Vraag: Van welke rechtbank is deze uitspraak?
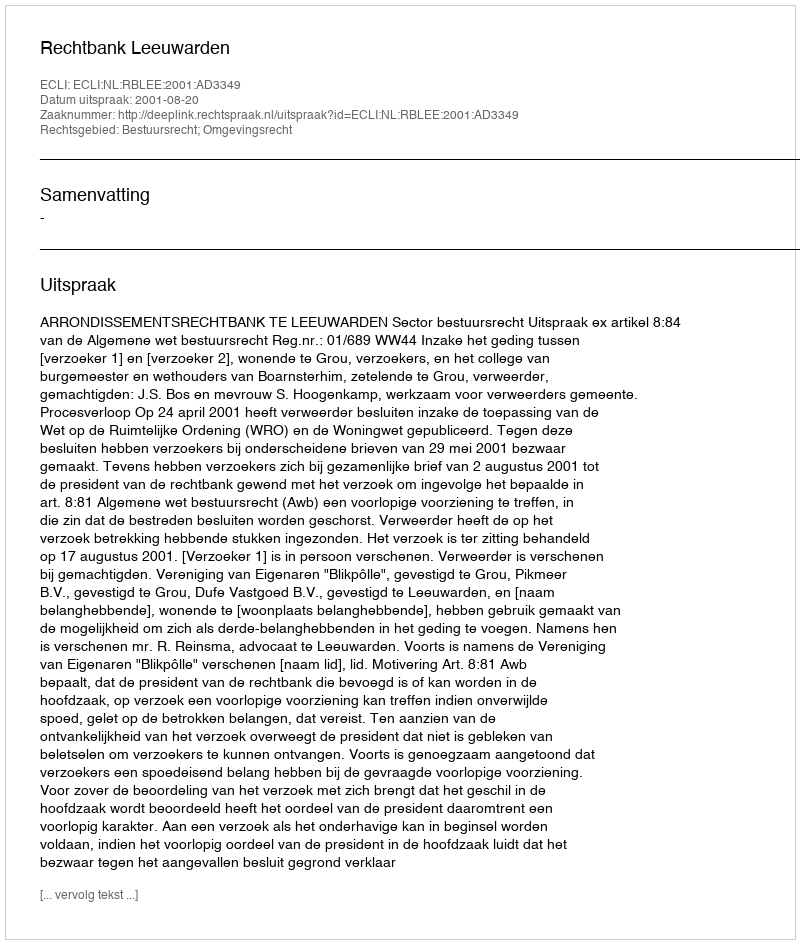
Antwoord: Rechtbank Leeuwarden